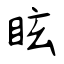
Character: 眩